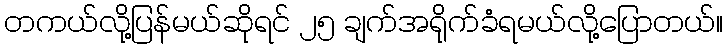
တကယ်လို့ပြန်မယ်ဆိုရင် ၂၅ ချက်အရိုက်ခံရမယ်လို့ပြောတယ်။